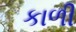
કાળી